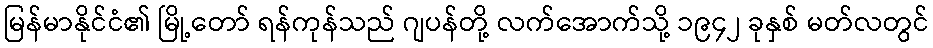
မြန်မာနိုင်ငံ၏ မြို့တော် ရန်ကုန်သည် ဂျပန်တို့ လက်အောက်သို့ ၁၉၄၂ ခုနှစ် မတ်လတွင်